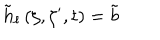
\tilde { h } _ { \ell } \left( \zeta , \zeta ^ { \prime } , t \right) = \tilde { b }